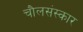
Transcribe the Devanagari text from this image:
चौलसंस्कार